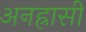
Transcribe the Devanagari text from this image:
अनह्रासी